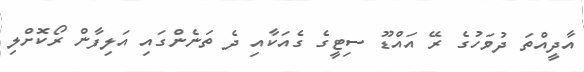
އާދީއްތަ ދުވަހުގެ ރޭ އައްޑޫ ސިޓީގެ ގެއަކާއި ދެ ތަނެންގައި އަލިފާން ރޯކޮށްލި